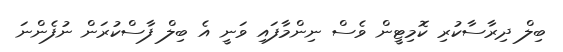
ބިލް ދިރާސާކުރި ކޮމިޓީން ވެސް ނިންމާފައި ވަނީ އެ ބިލް ފާސްކުރަން ނުފެންނަ